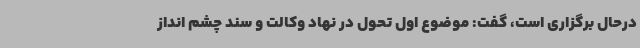
درحال برگزاری است، گفت: موضوع اول تحول در نهاد وکالت و سند چشم انداز